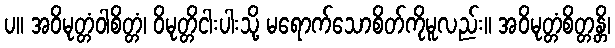
ပ။ အဝိမုတ္တံဝါစိတ္တံ၊ ဝိမုတ္တိငါးပါးသို့ မရောက်သောစိတ်ကိုမူလည်း။ အဝိမုတ္တံစိတ္တန္တိ၊